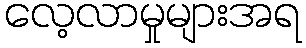
လေ့လာမှုများအရ